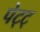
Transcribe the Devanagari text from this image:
पेट्ट्